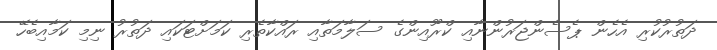
ދަތުރުކުރި އެހެން ޕެސެންޖަރުންނާއި ކްރޫއިންގެ ސަލާމަތާއި ރައްކާތެރި ކަމަށްޓަކައި ދަތުރު ނިމި ކަމާއިބެހޭ